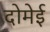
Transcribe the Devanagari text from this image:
दोमेई